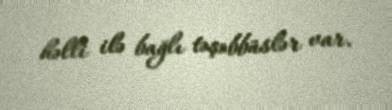
həlli ilə bağlı təşəbbüslər var.